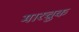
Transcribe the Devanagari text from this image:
मारचुक